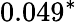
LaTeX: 0.049^{*}